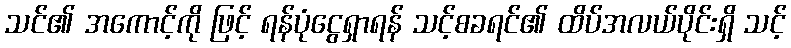
သင်၏ အကောင့်ကို ဖြင့် ရန်ပုံငွေရှာရန် သင့်စခရင်၏ ထိပ်အလယ်ပိုင်းရှိ သင့်